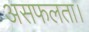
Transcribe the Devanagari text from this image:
असफलता।